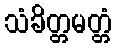
သံခိတ္တမတ္တံ